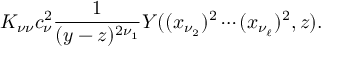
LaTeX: K _ { \nu \nu } c _ { \nu } ^ { 2 } \frac { 1 } { ( y - z ) ^ { 2 \nu _ { 1 } } } Y ( ( x _ { \nu _ { 2 } } ) ^ { 2 } \cdots ( x _ { \nu _ { \ell } } ) ^ { 2 } , z ) .